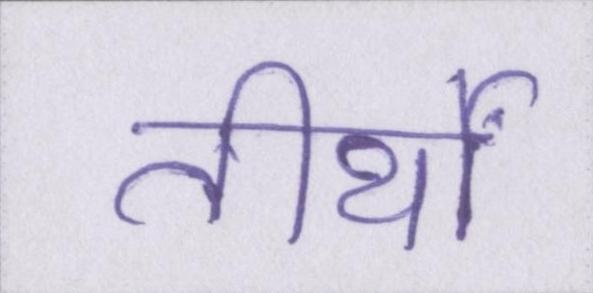
तीर्थों